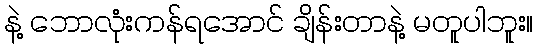
နဲ့ ဘောလုံးကန်ရအောင် ချိန်းတာနဲ့ မတူပါဘူး။